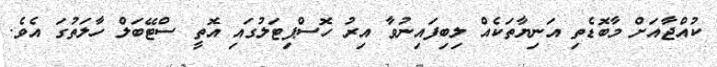
ކުއްޖާއަށް މާބޮޑެތި އަނިޔާތަކެއް ލިބިފައިނުވާ އިރު ހޮސްޕިޓަލުގައި އޮތީ ސްޓޭބަލް ހާލަތުގަ އެވެ.